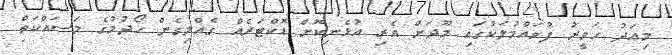
މިއަދު ހަވީރު ފުވައްމުލަކުގައި މޫދަށް އެރި އުޅެނިކޮށް ޑޮކްޓަރެއް ގެއްލިގެން ހޯދުމުގެ މަސައްކަތް